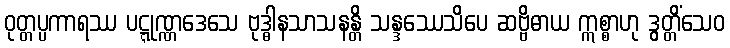
ဝုတ္တပ္ပကာရဿ ပဋ္ဋုဏ္ဏဒေသေ ဗုဒ္ဓါနသာသနန္တိ သန္ဒဿေသိပေ ဆဗ္ဗိဓာယ ဣစ္စာဟု ဒွတ္တိံသေဝ